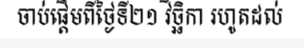
ចាប់ផ្តើមពីថ្ងៃទី២១ វិច្ឆិកា រហូតដល់